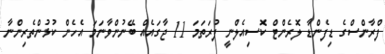
ފްރާންސްގެ ޑިފެންޑާ ލޮރެންޓް ކޮސިއެލްނީ ފުރަތަމަ 11 ޖާގައެއް ބޭނުންވާނަމަ އެހެން ކުޅުންތެރިންނާ